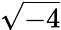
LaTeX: \sqrt{-4}